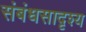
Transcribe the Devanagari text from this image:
संबंधसादृश्य